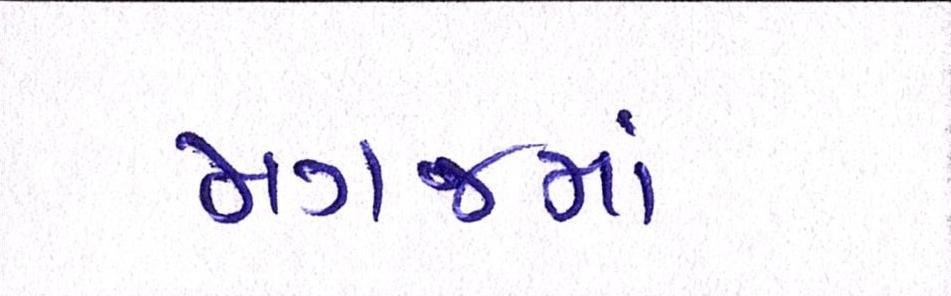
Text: મગજમાં